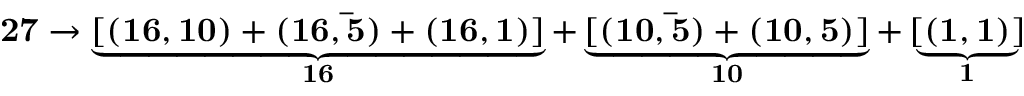
{ \bf 2 7 } \rightarrow \underbrace { [ ( { \bf 1 6 , 1 0 } ) + ( { \bf 1 6 , \bar { 5 } } ) + ( { \bf 1 6 , 1 } ) ] } _ { \bf 1 6 } + \underbrace { [ ( { \bf 1 0 , \bar { 5 } } ) + ( { \bf 1 0 , 5 } ) ] } _ { \bf 1 0 } + \underbrace { [ ( { \bf 1 , 1 } ) ] } _ { { \bf 1 } }